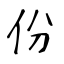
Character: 份